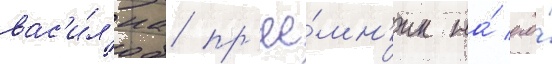
вас'и́л'иа пр'ее́мн'ик на́ его́